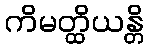
ကိမတ္ထိယန္တိ